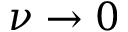
\nu \to 0